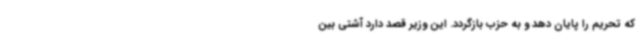
که تحریم را پایان دهد و به حزب بازگردد. این وزیر قصد دارد آشتی بین